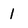
Character: 1